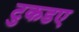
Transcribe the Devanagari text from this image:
टुकडए